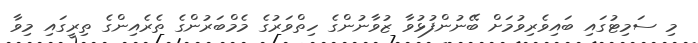
މި ސަމިޓުގައި ބައިވެރިވުމަށް ބޭނުންފުޅުވާ ޒުވާނުންގެ ހިތްވަރުގެ މެމްބަރުންގެ ތެރެއިންގެ ތިރީގައި މިވާ